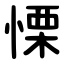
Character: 慄